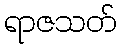
ရာဇသတ်